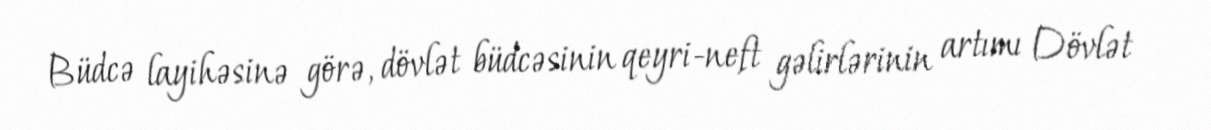
Büdcə layihəsinə görə, dövlət büdcəsinin qeyri-neft gəlirlərinin artımı Dövlət